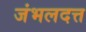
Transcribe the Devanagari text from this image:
जंभलदत्त